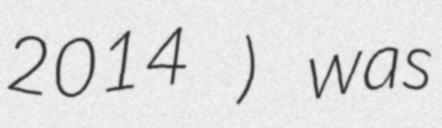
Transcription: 2014 ) was